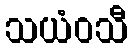
သယံဝသီ